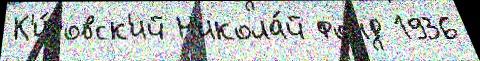
К'и́ровск'ий Н'икола́й фонд 1936